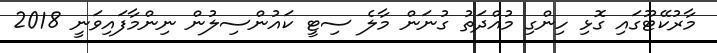
މާރުކޭޓޫގައި ގޮޅި ހިންގި މުއްދަތު ގުނަން މާލެ ސިޓީ ކައުންސިލުން ނިންމާފައިވަނީ 2018